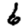
Digit: 6